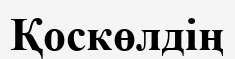
Қоскөлдің